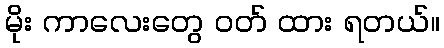
မိုး ကာလေးတွေ ဝတ် ထား ရတယ်။